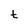
Character: t